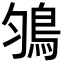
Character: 𩿃